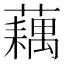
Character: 藕